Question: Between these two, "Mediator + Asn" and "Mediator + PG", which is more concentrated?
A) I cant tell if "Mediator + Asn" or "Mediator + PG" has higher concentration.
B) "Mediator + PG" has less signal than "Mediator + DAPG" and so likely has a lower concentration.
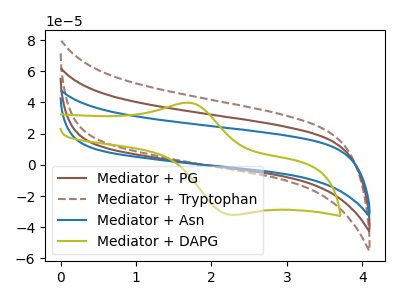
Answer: <think>The brown curve "Mediator + PG" has no peaks. The brown dashed curve "Mediator + Tryptophan" has no peaks. The blue curve "Mediator + Asn" has no peaks. The olive curve "Mediator + DAPG" has an anodic peak at (1.70V, 39.90uA) and a cathodic peak at (2.25V, -32.05uA).
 Neither "Mediator + Asn" or "Mediator + PG" have any peaks.</think>
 <answer>A) I cant tell if "Mediator + Asn" or "Mediator + PG" has higher concentration.</answer>
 <eval>A</eval>